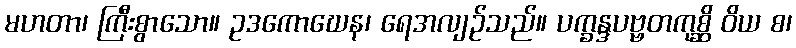
မဟတာ၊ ကြီးစွာသော။ ဥဒကောဃေန၊ ရေအလျဉ်သည်။ ပက္ခန္ဒပဗ္ဗတကုစ္ဆိ ဝိယ စ၊